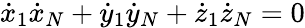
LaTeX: {\dot{x}}_{1}{\dot{x}}_{N}+{\dot{y}}_{1}{\dot{y}}_{N}+{\dot{z}}_{1}{\dot{z}}_{N}=0